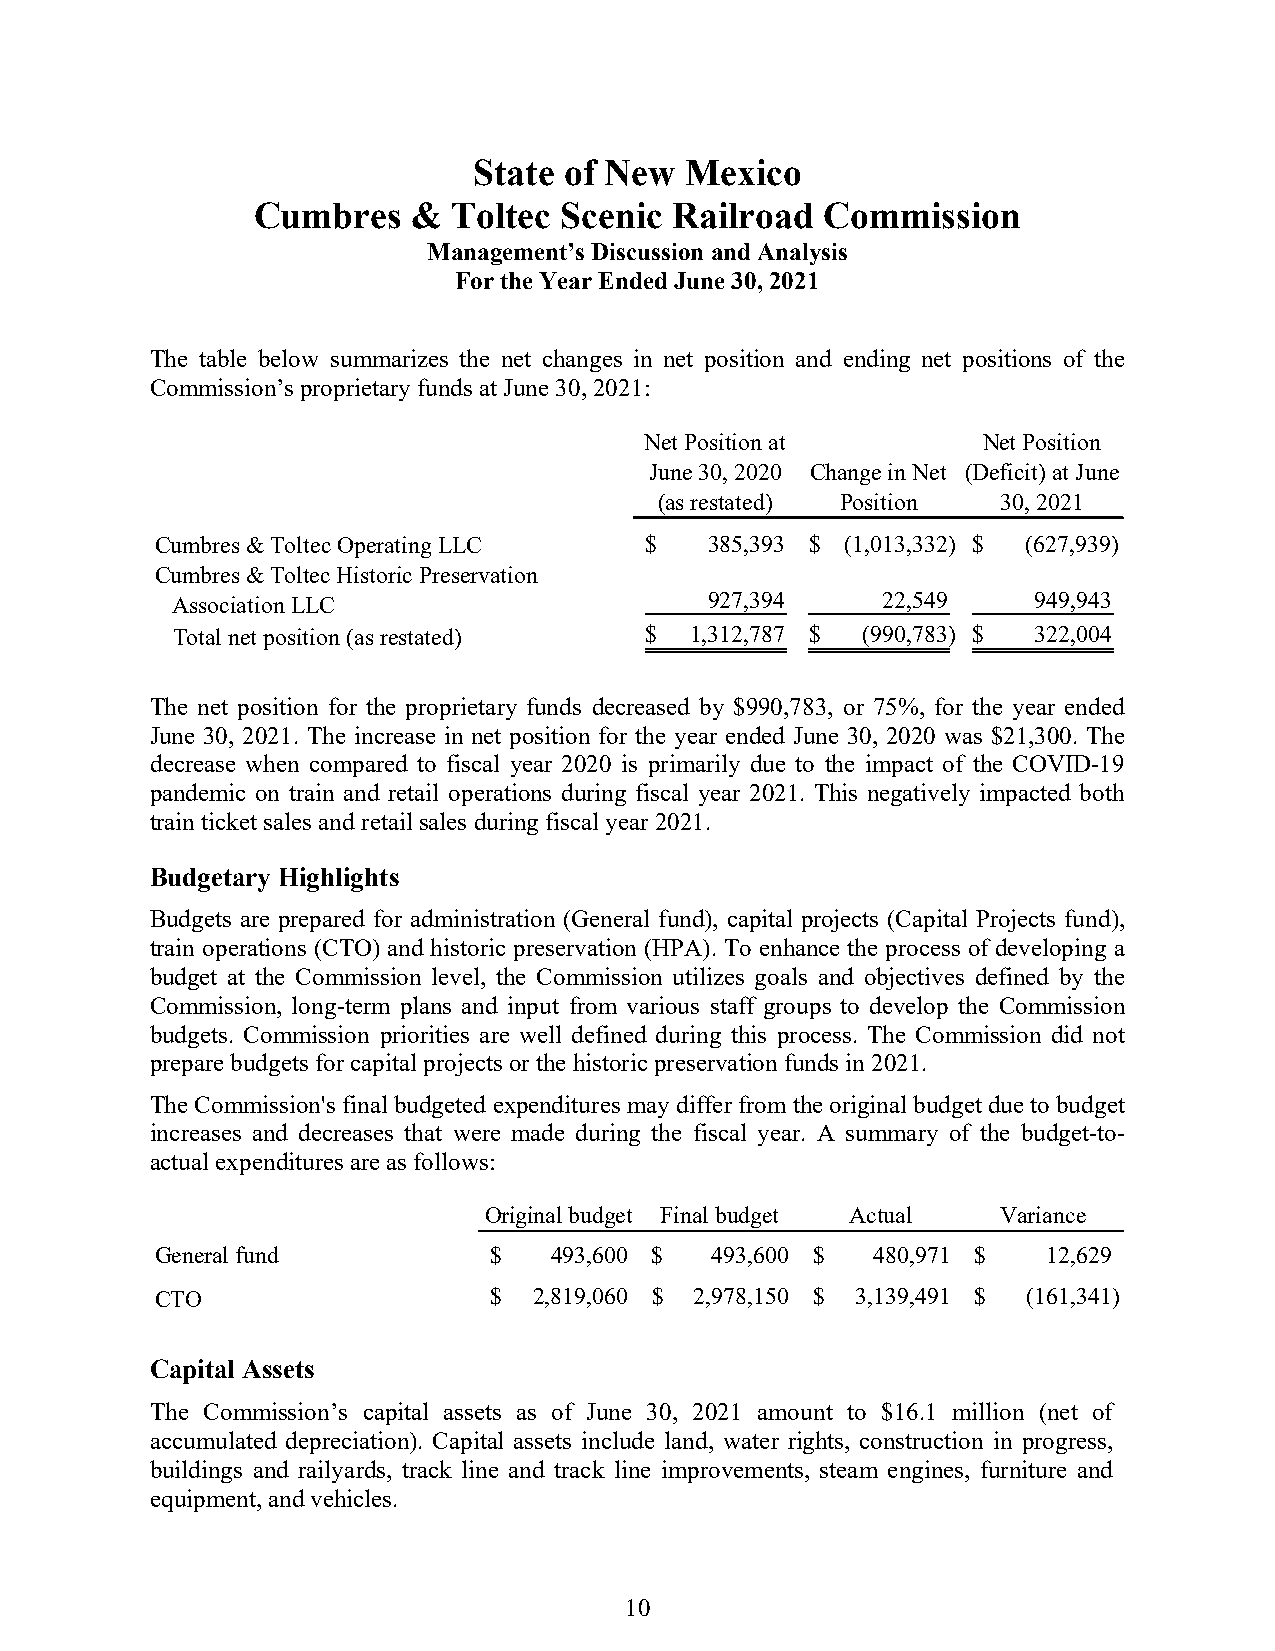
State of New  Mexico
 Cumbres   &  Toltec Scenic  Railroad  Commission
 Management’s Discussion and Analysis
 For the Year Ended June 30, 2021
 The table below summarizes the net changes in net position and ending net positions of the
 Commission’s proprietary funds at June 30, 2021:
 Net Position at       Net Position
 June 30, 2020 Change in Net (Deficit) at June
 (as restated) Position 30, 2021
 Cumbres & Toltec Operating LLC   $   385,393 $ (1,013,332) $ (627,939)
 Cumbres & Toltec Historic Preservation
 Association LLC                     927,394    22,549    949,943
 Total net position (as restated) $ 1,312,787 $ (990,783) $ 322,004
 The net position for the proprietary funds decreased by $990,783, or 75%, for the year ended
 June 30, 2021. The increase in net position for the year ended June 30, 2020 was $21,300. The
 decrease when compared to fiscal year 2020 is primarily due to the impact of the COVID-19
 pandemic on train and retail operations during fiscal year 2021. This negatively impacted both
 train ticket sales and retail sales during fiscal year 2021.
 Budgetary Highlights
 Budgets are prepared for administration (General fund), capital projects (Capital Projects fund),
 train operations (CTO) and historic preservation (HPA). To enhance the process of developing a
 budget at the Commission level, the Commission utilizes goals and objectives defined by the
 Commission, long-term plans and input from various staff groups to develop the Commission
 budgets. Commission priorities are well defined during this process. The Commission did not
 prepare budgets for capital projects or the historic preservation funds in 2021.
 The Commission's final budgeted expenditures may differ from the original budget due to budget
 increases and decreases that were made during the fiscal year. A summary of the budget-to-
 actual expenditures are as follows:
 Original budget Final budget Actual Variance
 General fund          $   493,600 $  493,600 $  480,971 $  12,629
 CTO                   $  2,819,060 $ 2,978,150 $ 3,139,491 $ ( 161,341)
 Capital Assets
 The Commission’s capital assets as of June 30, 2021 amount to $16.1 million (net of
 accumulated depreciation). Capital assets include land, water rights, construction in progress,
 buildings and railyards, track line and track line improvements, steam engines, furniture and
 equipment, and vehicles.
 10